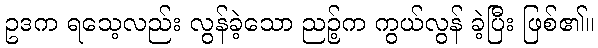
ဥဒက ရသေ့လည်း လွန်ခဲ့သော ညဉ့်က ကွယ်လွန် ခဲ့ပြီး ဖြစ်၏။